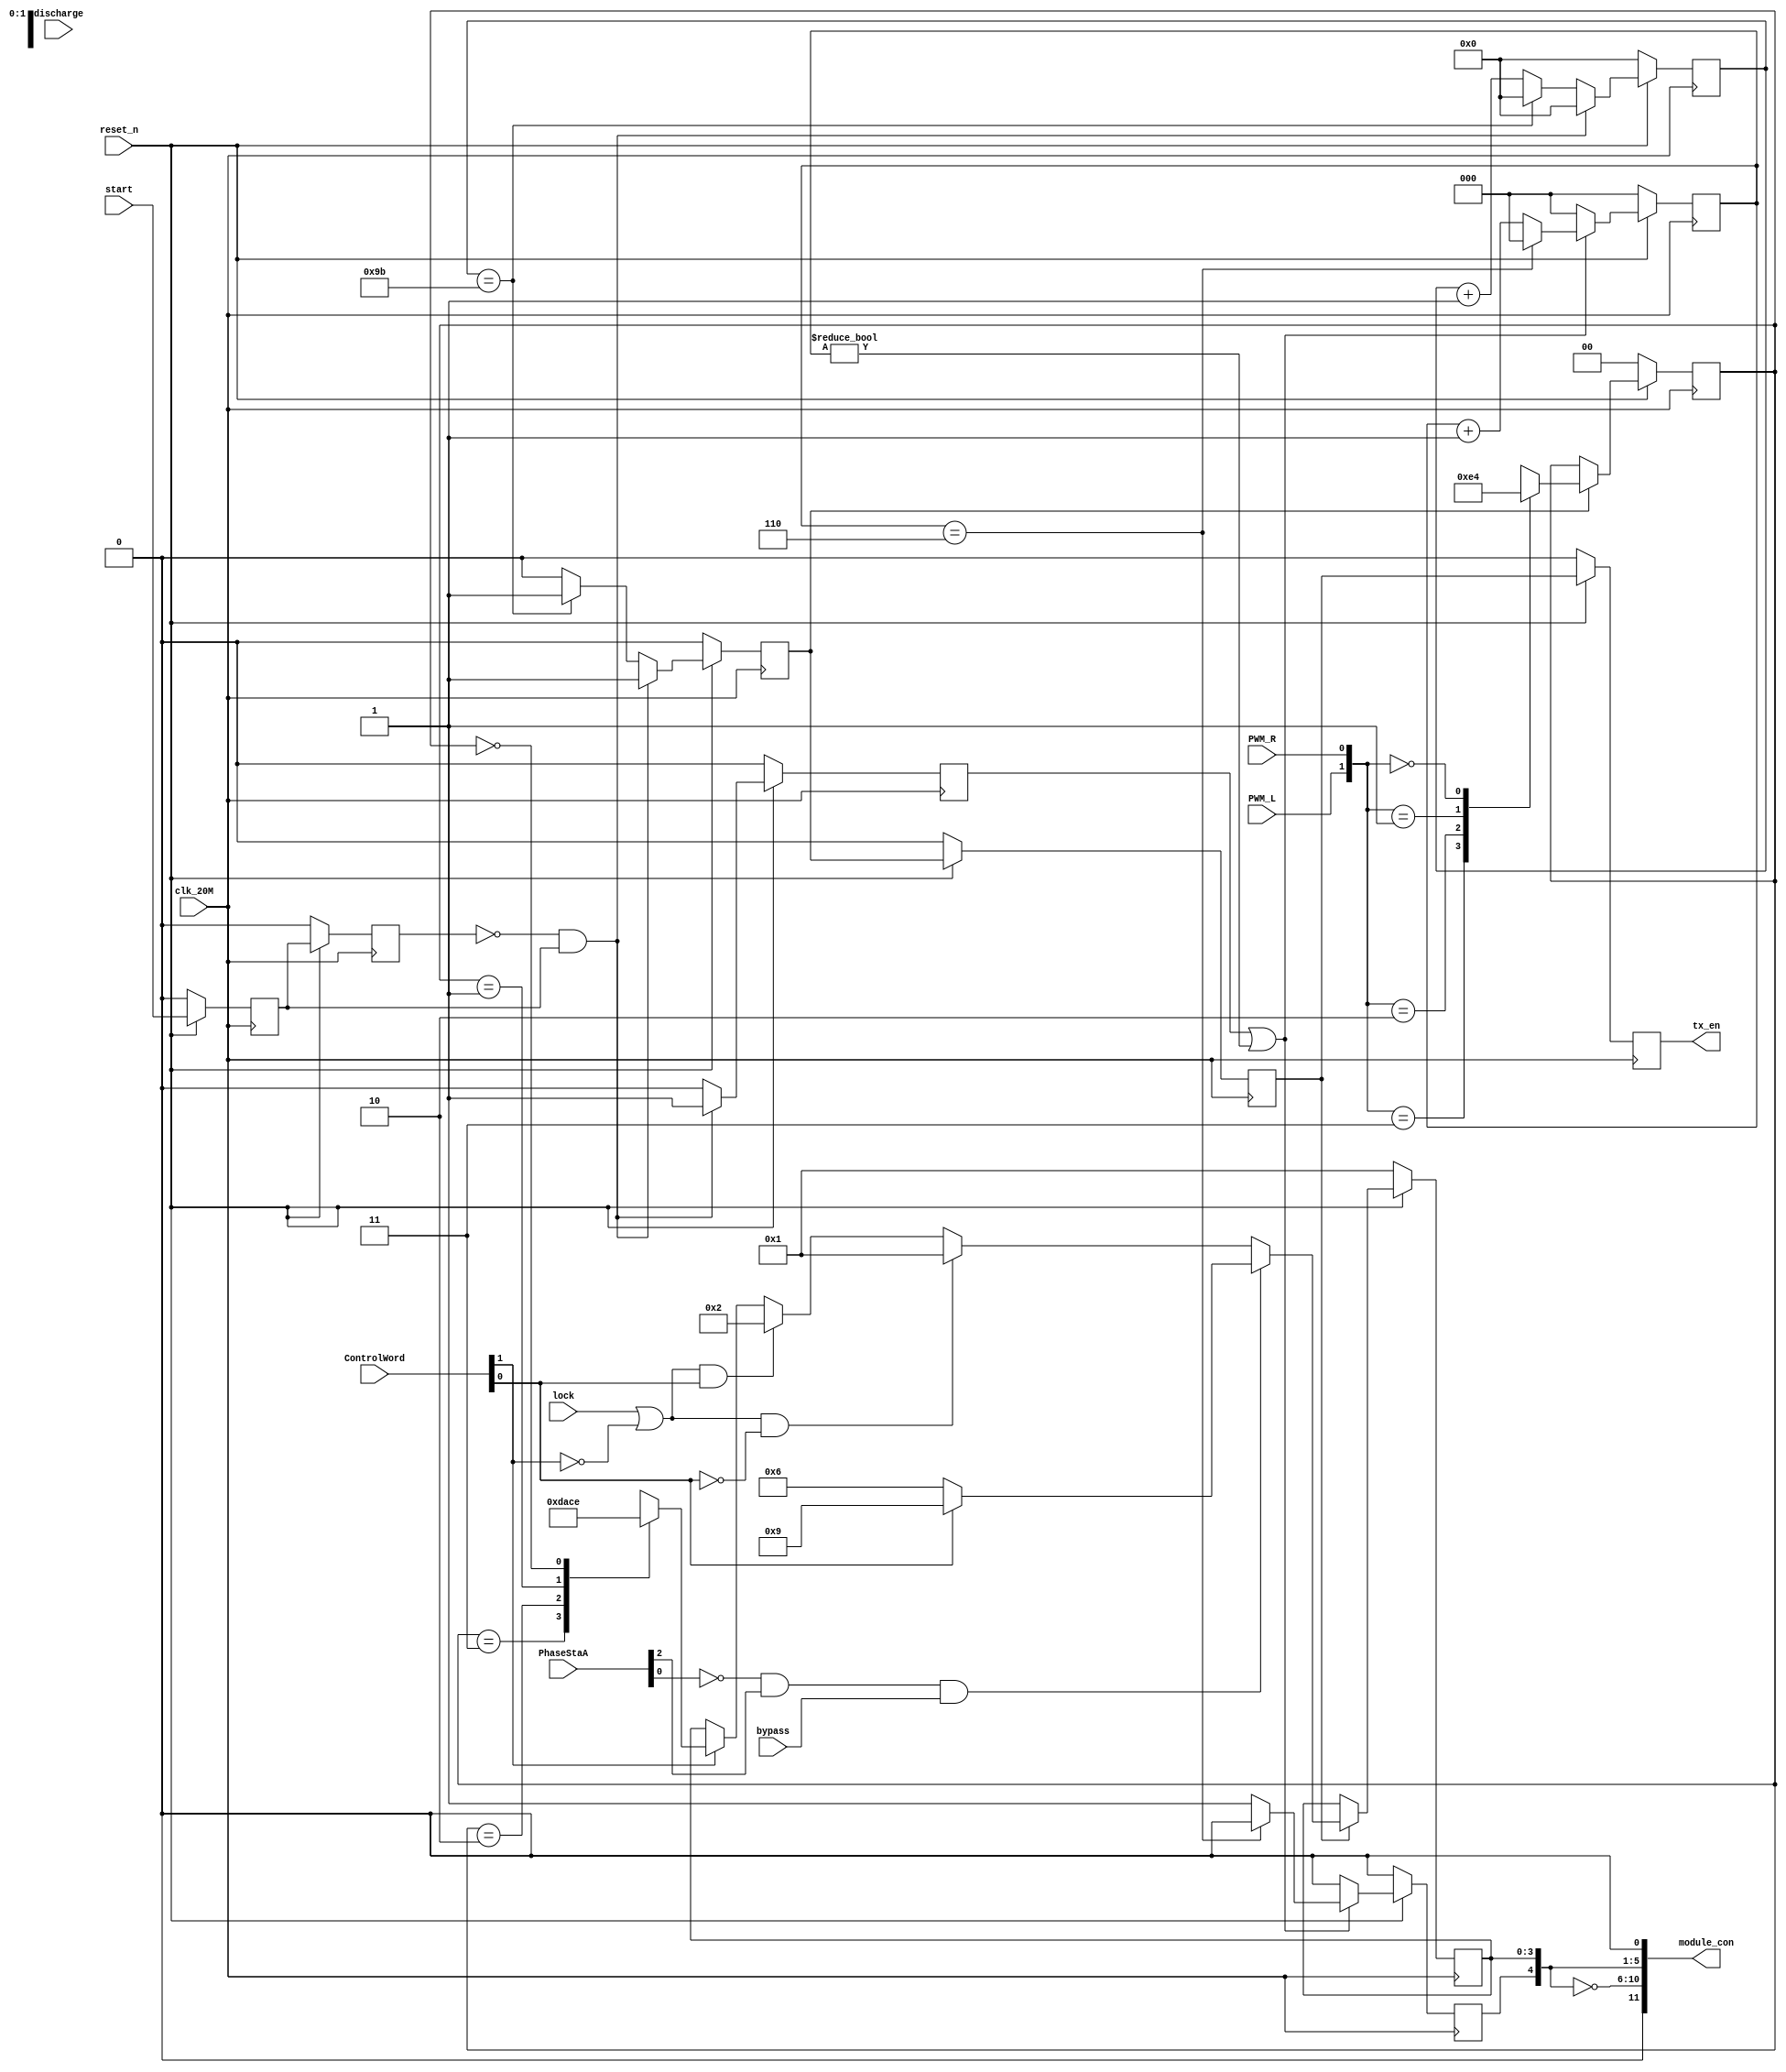
`timescale 1ns / 1ps
//////////////////////////////////////////////////////////////////////////////////
// Company: 
// Engineer: 
// 
// Design Name: 
// Module Name:    Controlprior 
// Project Name: 
// Target Devices: 
// Tool versions: 
// Description: 
//
// Dependencies: 
//
// Revision: 
// Revision 0.01 - File Created
// Additional Comments: 
module Controlprior(
							input reset_n,
							input clk_20M,
							input PWM_L,
							input PWM_R,
							input [15:0]ControlWord,
							input [15:0]PhaseStaA,
							input bypass,
							input discharge,
							input start,
							input lock,
							output [11:0]module_con,
							output reg tx_en
);

reg [ 1:0] PWM;
reg start_tx;
reg start_tx_reg;
reg [11:0] cnt;
reg syn;
reg [ 3:0] con;
reg [ 2:0]cnt2;
reg syn_out;
reg start_reg;
reg start_reg_reg;
assign module_con = {1'b0,~{syn_out,con},syn_out,con,1'b0};//{1'b0,5'b10011,1'b0,4'b1100,1'b0};//test use
//-----------------------------
always @ (posedge clk_20M)
begin
	if(!reset_n) begin 
		start_reg <= 1'b0;
		start_reg_reg <= 1'b0;
	end
	else begin
		start_reg <= start;
		start_reg_reg <= start_reg;
	end
end
//-----------syn1----
always @ (posedge clk_20M)
begin
	if(!reset_n) begin
		syn <= 1'b0;
	end
	else if ((start_reg_reg==1'b0) && (start_reg==1'b1)) begin
		syn <= 1'b1;
	end
	else syn <= 1'b0;
end
//-----------syn6---------------------
always @ (posedge clk_20M)
begin
	if(!reset_n) begin
		cnt2 <= 3'd0;
		syn_out <= 1'b0;
	end
	else if((syn) || (cnt2 != 3'd0)) begin
		if(cnt2 == 3'd6) begin
			syn_out <= 1'b0;
			cnt2 <= 3'd0;
		end
		else begin 
			cnt2 <= cnt2 + 3'd1;
			syn_out <= 1'b1;
		end
	end
	else begin
		syn_out <= 1'b0;
		cnt2    <= 3'd0;
	end
end
//----------start_tx11557.8usstart_tx1-------------------------
always @ (posedge clk_20M)
begin
	if(!reset_n) begin
		cnt <= 12'h0;
		start_tx <= 1'b0;
	end
	else if ((start_reg_reg==1'b0) && (start_reg==1'b1)) begin
		cnt <= 12'h0;
		start_tx <= 1'b1;
	end
	else if (cnt == 12'd155) begin
		cnt <= 12'h0;
		start_tx <= 1'b1;
	end
	else begin
		cnt <= cnt + 12'h1;
		start_tx <= 1'b0;
	end
end
//------------start_tx-----------------------
always @ (posedge clk_20M)
begin
	if(!reset_n) begin 
		tx_en <= 1'b0;
		start_tx_reg <= 1'b0;
	end
	else begin
		tx_en	<= start_tx_reg;
		start_tx_reg <= start_tx;
	end
end
//-----------------------------------
always @ (posedge clk_20M)  //sample PWM
begin
	if(!reset_n) PWM <= 2'b00;
	else if(start_tx) begin
		case ({PWM_L,PWM_R})
		 2'b11 : PWM <= 2'b11;
		 2'b10 : PWM <= 2'b10;
		 2'b01 : PWM <= 2'b01;
		 2'b00 : PWM <= 2'b00;
		default PWM <= 2'b00;
		endcase
	  end
end
//-----------------------------------
always @ (posedge clk_20M)
begin
	if(!reset_n)  begin
		con  <= 4'b0001;//
	end
	else if (start_tx_reg) begin
		if( !PhaseStaA[0] && PhaseStaA[2] && bypass)//""DSP""""""
		   begin                                                                //
				if(ControlWord[0] == 1'b1) con <= 4'b1001;//
				else con <= 4'b0110;//
		end
		else if ((lock || (ControlWord[1] == 1'b0)) && !ControlWord[0]) con <= 4'b0001;//
		else if ((lock || (ControlWord[1] == 1'b0)) &&(ControlWord[0] == 1'b1)) con <= 4'b0010;//
		else if (ControlWord[1]== 1'b1) begin
			case (PWM) 
				2'b11 : con <= 4'b1101;  //
				2'b10 : con <= 4'b1010;  //
				2'b01 : con <= 4'b1100;  //
				2'b00 : con <= 4'b1110;  //
				default : con <= 4'b1110;  //
			endcase
		end
		else con <= con;
	end
	else con <= con;
end

endmodule